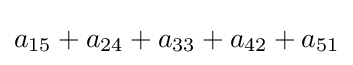
a_{15}+a_{24}+a_{33}+a_{42}+a_{51}